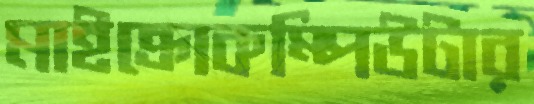
মাইক্রোকম্পিউটার